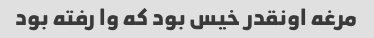
مرغه اونقدر خیس بود که وا رفته بود